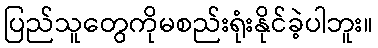
ပြည်သူတွေကိုမစည်းရုံးနိုင်ခဲ့ပါဘူး။